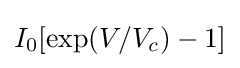
I_{0}[\exp(V/V_{c})-1]